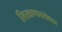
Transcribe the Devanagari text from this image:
लिखाणाबरोबरच